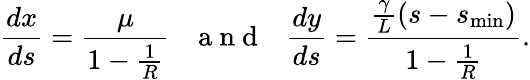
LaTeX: \frac{dx}{ds}=\frac{\mu}{1-\frac{1}{R}}~~~\mathrm{~a~n~d~}~~~\frac{dy}{ds}=\frac{\frac{\gamma}{L}\left(s-s_{\mathrm{min}}\right)}{1-\frac{1}{R}}.